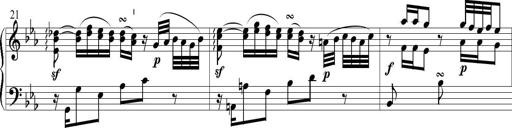
Title: 6 Leichte Sonatinen, Teil 1
Composer: F. Sigismund Sander